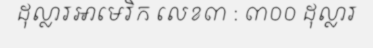
ដុល្លារអាមេរិក លេខ៣ : ៣០០ ដុល្លារ